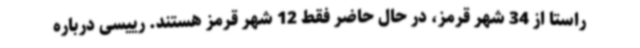
راستا از 34 شهر قرمز، در حال حاضر فقط 12 شهر قرمز هستند. رییسی درباره